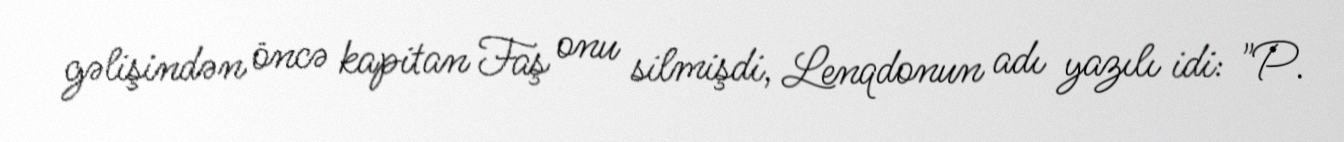
gəlişindən öncə kapitan Faş onu silmişdi, Lenqdonun adı yazılı idi: "P.